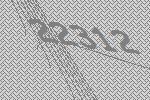
22312